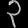
Digit: ၃